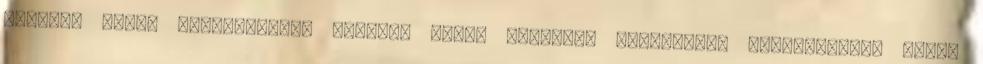
Ollie-t dupla polikarbonát borítás védi, világító LED-jeinek köszönhetően pedig